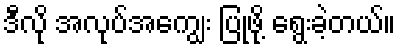
ဒီလို အလုပ်အကျွေး ပြုဖို့ ရွေးခဲ့တယ်။